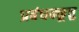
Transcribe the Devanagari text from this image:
प्रबंधक्कूत्तु